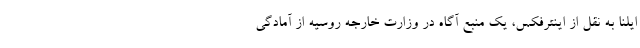
ایلنا به نقل از اینترفکس، یک منبع آگاه در وزارت خارجه روسیه از آمادگی